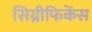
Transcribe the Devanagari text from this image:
सिग्नीफिकेंस